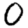
Digit: 0